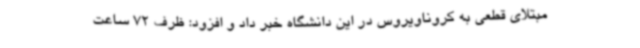
مبتلای قطعی به کروناویروس در این دانشگاه خبر داد و افزود: ظرف 72 ساعت